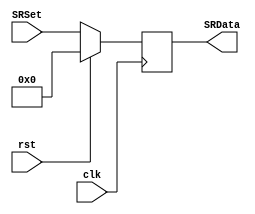
`timescale 1ns / 1ps
//////////////////////////////////////////////////////////////////////////////////
// Company: 
// Engineer: 
// 
// Design Name: 
// Module Name:    SR 
// Project Name: 
// Target Devices: 
// Tool versions: 
// Description: 
//
// Dependencies: 
//
// Revision: 
// Revision 0.01 - File Created
// Additional Comments: 
//
//////////////////////////////////////////////////////////////////////////////////
module SR(input wire clk,
    input wire rst,
    input wire [7:0] SRSet,
    output reg [7:0] SRData
    );

always@(posedge clk)
  begin
   if(rst == 1'b0)
	 begin
	  SRData <= SRSet; 
	 end
	 else
	 begin
	  SRData <= 8'd0;
	 end
  end
endmodule